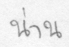
น่าน